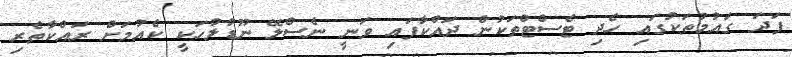
ފަދަ ގައުމުތަކުގައި ހެދި ޓެސްޓްތަކުން ދައްކާފައި ވަނީ ނެސްލޭ ނޫޑުލުހަކީ ކެއުމަށް ރައްކާތެރި